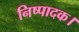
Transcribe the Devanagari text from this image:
निष्पादक।